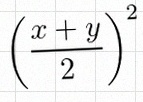
\left(\frac{x+y}{2}\right)^2